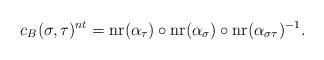
LaTeX: \begin{align*} c_B(\sigma,\tau)^{nt} = \operatorname{nr}(\alpha_\tau)\circ\operatorname{nr}(\alpha_\sigma)\circ \operatorname{nr}(\alpha_{\sigma\tau})^{-1}.\end{align*}